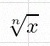
\sqrt[n]{x}